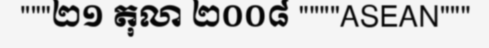
"""២១ តុលា ២០០៨ """"ASEAN"""